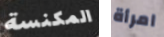
المكنسة امرأة